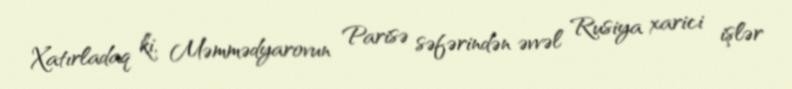
Xatırladaq ki, Məmmədyarovun Parisə səfərindən əvvəl Rusiya xarici işlər